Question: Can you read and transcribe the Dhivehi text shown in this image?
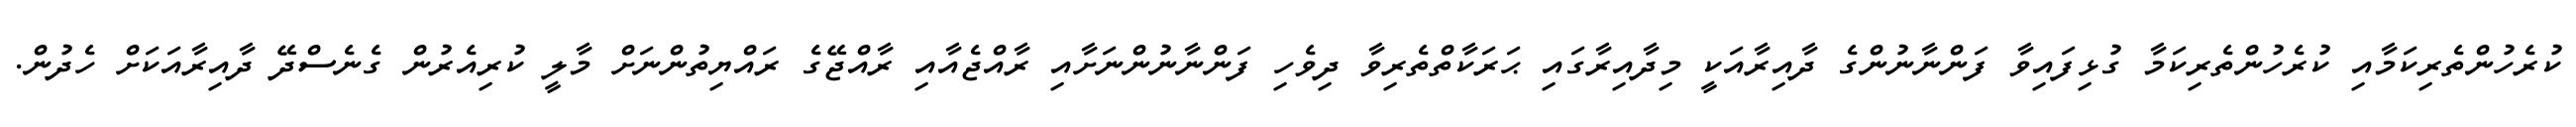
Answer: ކުރެހުންތެރިކަމާއި ކުރެހުންތެރިކަމާ ގުޅިފައިވާ ފަންނާނުންގެ ދާއިރާއަކީ މިދާއިރާގައި ޙަރަކާތްތެރިވާ ދިވެހި ފަންނާނުންނަށާއި ރާއްޖެއާއި ރާއްޖޭގެ ރައްޔިތުންނަށް މާލީ ކުރިއެރުން ގެނެސްދޭ ދާއިރާއަކަށް ހެދުން.